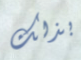
بذلك